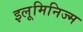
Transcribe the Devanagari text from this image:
इलूमिनिज्म